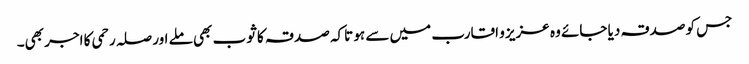
جس کو صدقہ دیا جائے وہ عزیز و اقارب میں سے ہو تاکہ صدقہ کا ثوب بھی ملے اور صلہ رحمی کا اجر بھی۔